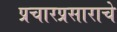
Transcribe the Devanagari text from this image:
प्रचारप्रसाराचे